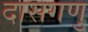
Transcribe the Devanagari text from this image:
दासगणु